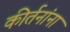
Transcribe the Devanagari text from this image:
कीर्तनांना